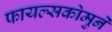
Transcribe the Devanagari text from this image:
फायल्सकोमुने